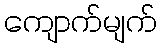
ကျောက်မျက်